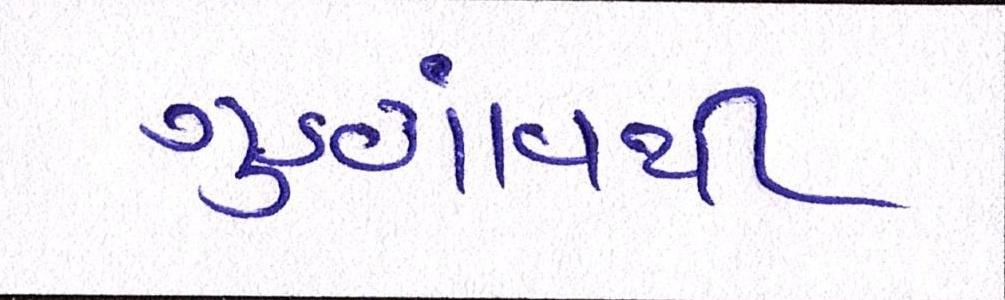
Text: ગુડગાંવથી